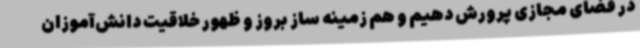
در فضای مجازی پرورش دهیم و هم زمینه ساز بروز و ظهور خلاقیت دانش‌آموزان